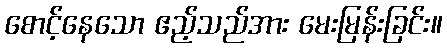
စောင့်နေသော ဧည့်သည်အား မေးမြန်းခြင်း။